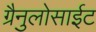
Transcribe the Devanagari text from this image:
ग्रैनुलोसाईट